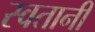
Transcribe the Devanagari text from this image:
स्वतानी